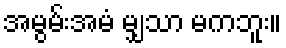
အမွမ်းအမံ မျှသာ မကဘူး။